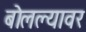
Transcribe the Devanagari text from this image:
बोलल्यावर